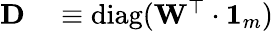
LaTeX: \begin{array}{rl}{\mathbf{D}}&{{}\equiv\mathrm{diag}(\mathbf{W}^{\top}\cdot\mathbf{1}_{m})}\end{array}